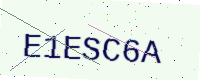
Text: E1ESC6A